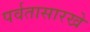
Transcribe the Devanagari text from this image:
पर्वतासारखे